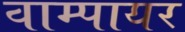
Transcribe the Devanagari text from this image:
वाम्पायर